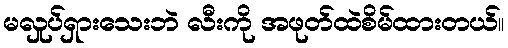
မလှုပ်ရှားသေးဘဲ လီးကို အဖုတ်ထဲစိမ်ထားတယ်။